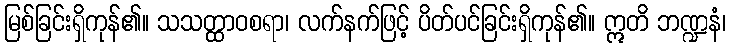
မြစ်ခြင်းရှိကုန်၏။ သသတ္ထာဝစရာ၊ လက်နက်ဖြင့် ပိတ်ပင်ခြင်းရှိကုန်၏။ ဣတိ ဘဏ္ဍနံ၊